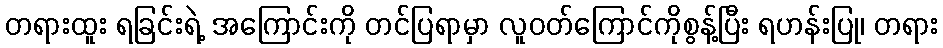
တရားထူး ရခြင်းရဲ့ အကြောင်းကို တင်ပြရာမှာ လူဝတ်ကြောင်ကိုစွန့်ပြီး ရဟန်းပြု၊ တရား